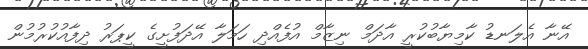
އޭނާ އެލަނޑު ކާމިޔާބުކުރީ އާދަމް ނިޒާމް އުފެއްދި ހަމަލާ އޭދަފުށީގެ ކީޕަރު ދިފާއުކުރުމުން